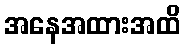
အနေအထားအထိ